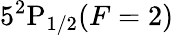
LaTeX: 5^{2}\textrm{P}_{1/2}(F=2)